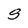
Character: S